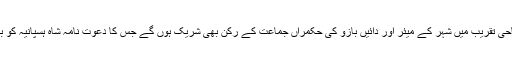
اس مسجد کی افتتاحی تقریب میں شہر کے میئر اور دائیں بازو کی حکمراں جماعت کے رکن بھی شریک ہوں گے جس کا دعوت نامہ شاہ ہسپانیہ کو بھی بھیجا گیا ہے۔